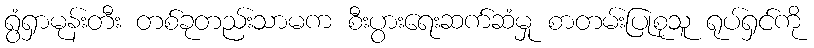
ရွံရှာမုန်းတီး တစ်ခုတည်းသာမက စီးပွားရေးဆက်ဆံမှု စာတမ်းပြုစုသူ ရုပ်ရှင်ကို